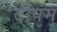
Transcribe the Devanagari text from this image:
दीपम्‌